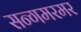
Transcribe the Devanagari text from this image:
सन्गमरमर